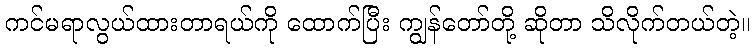
ကင်မရာလွယ်ထားတာရယ်ကို ထောက်ပြီး ကျွန်တော်တို့ ဆိုတာ သိလိုက်တယ်တဲ့။